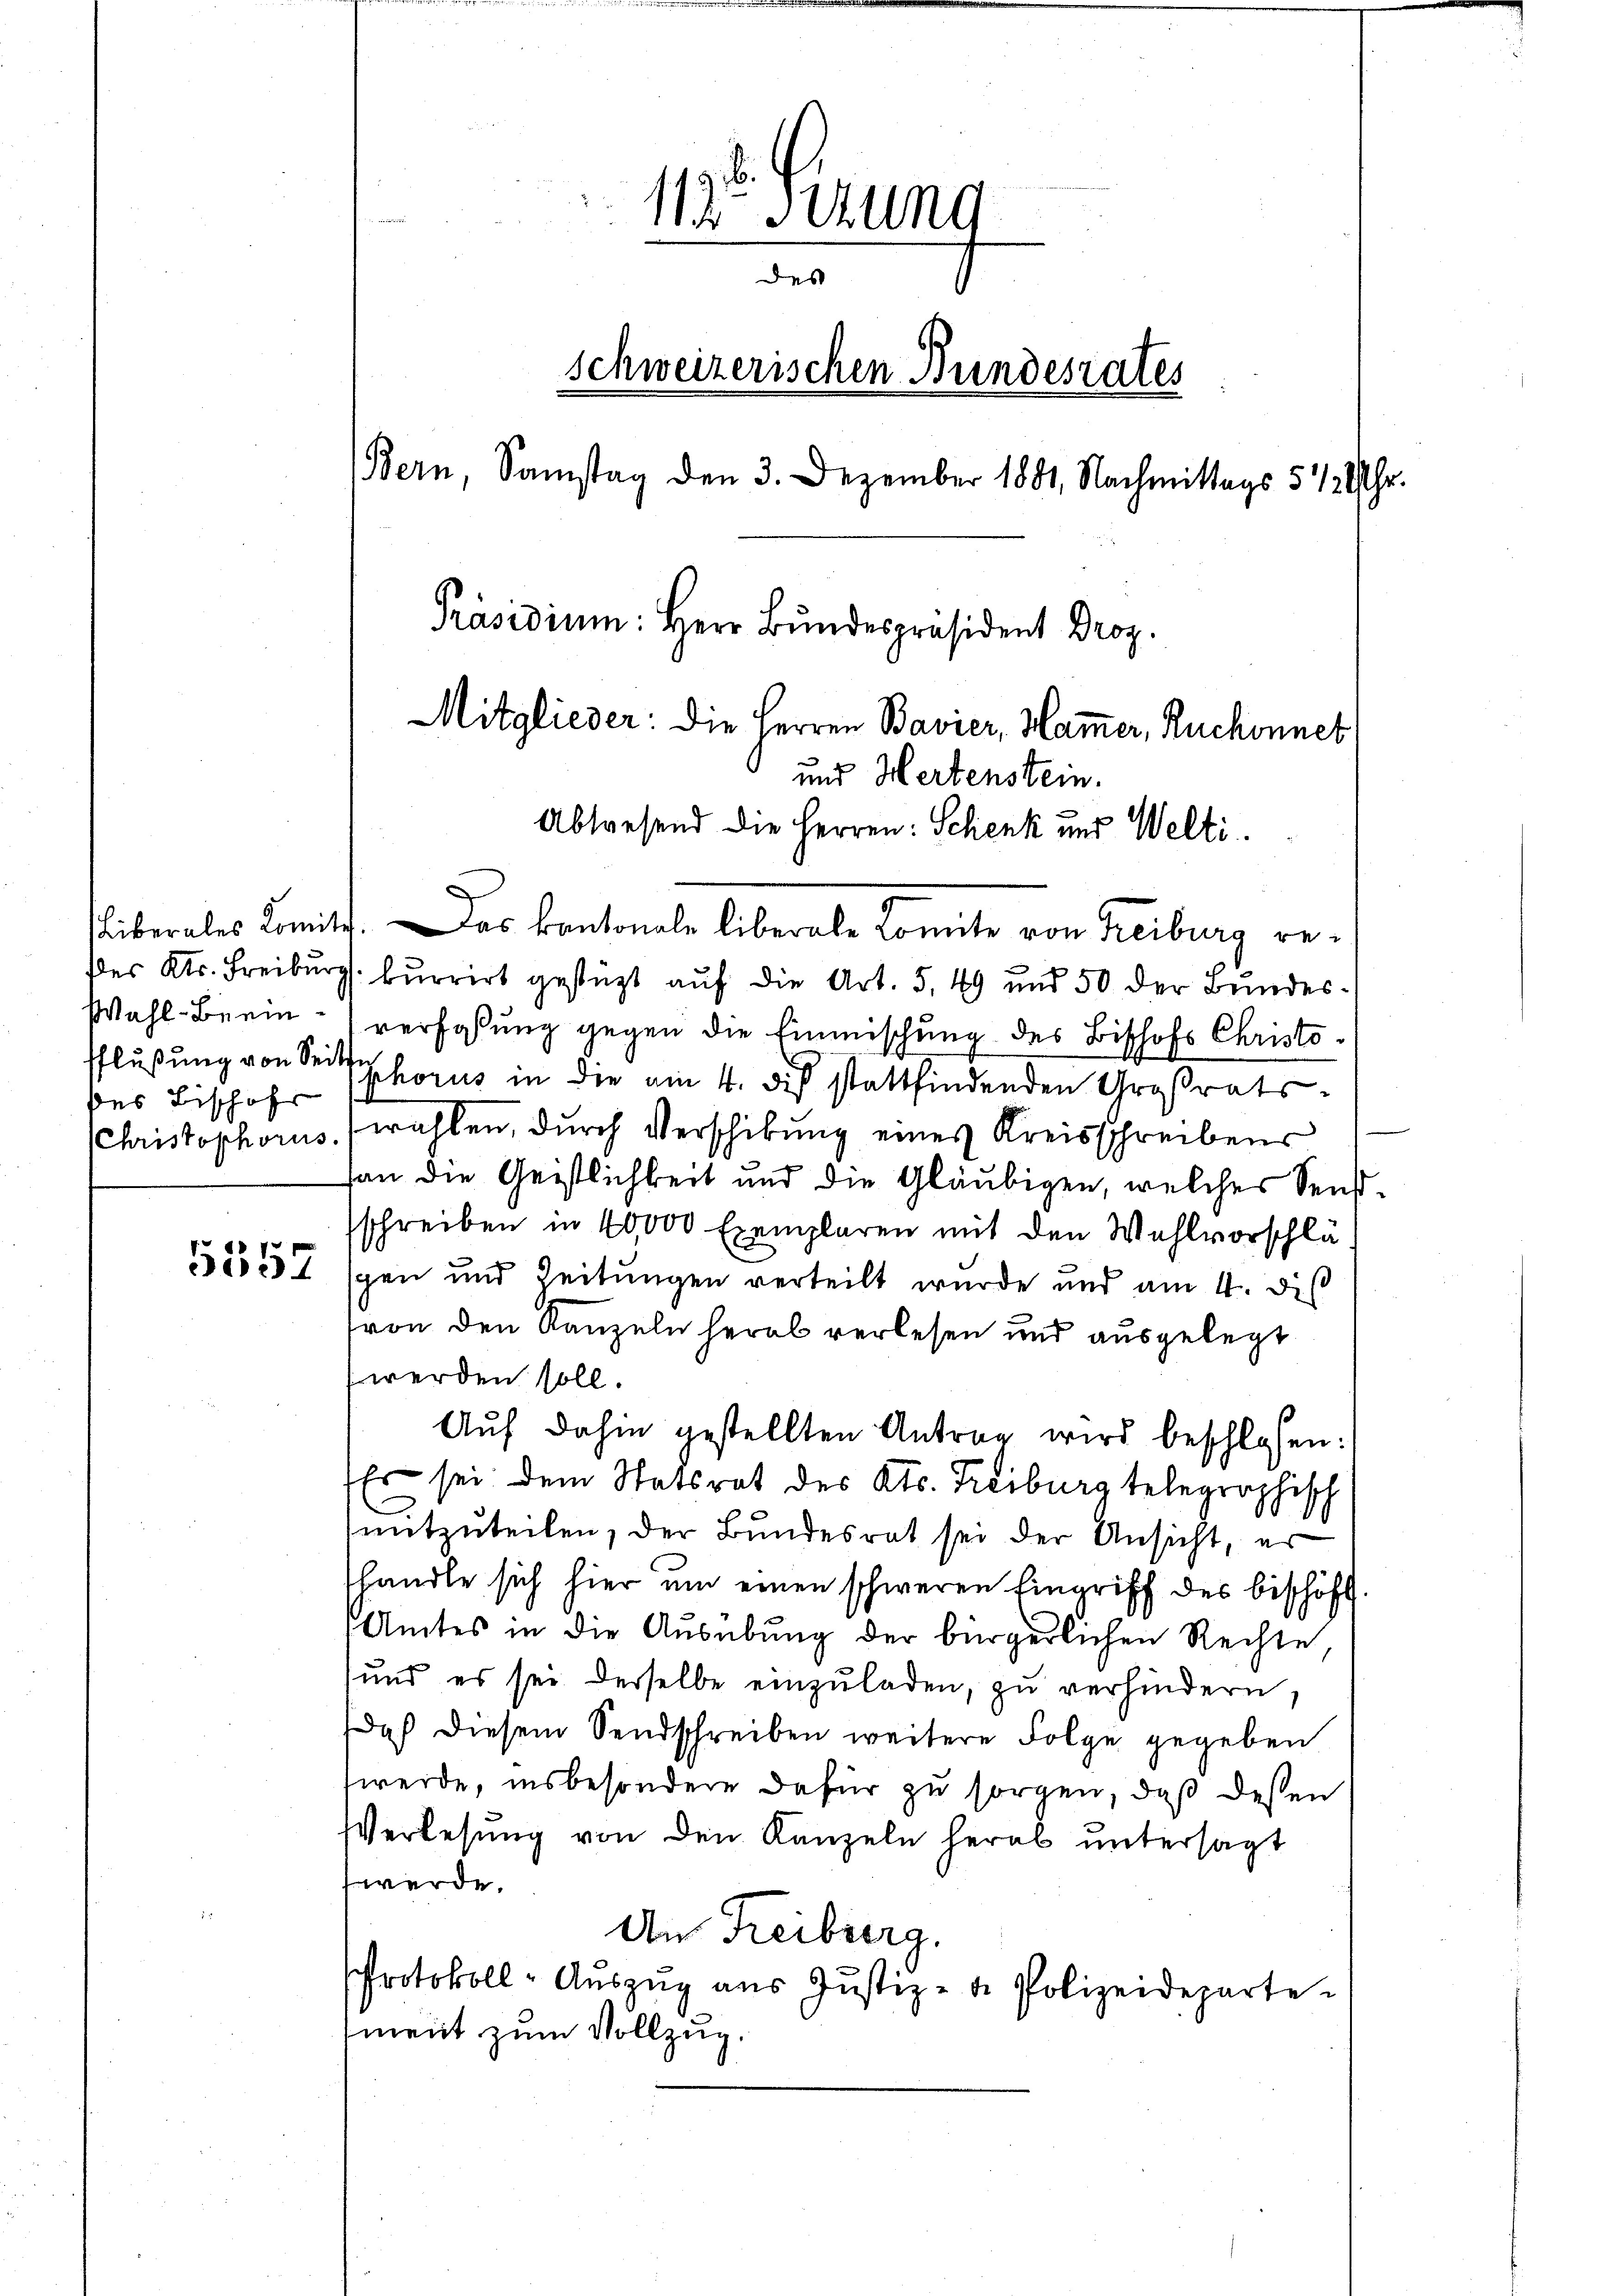
Wahl-Beein¬
Pflußung von Seite
des Bischofs

1
de Stund
des
Schweizerischen Bundesrates
Bern, Samstag den 3. Dezember 1881, Nachmittags 5 1/2 Uhr.
Präsidium: Herr Bundespräsident Droz.
Mitglieder: die Herren Bavier, Ham̅er, Ruchonnet
und Hertenstein.
Abwesend die Herren: Schenk und Welti.

Liberales Komite. Das kantonale liberale Comite von Freiburg redes Kts. Freiburg. Burrirt gestüzt auf die Art. 5, 49 und 50 der Bundesverfaßung gegen die Einmischung des Bischofs Christophorus in die am 4. des stattfindenden Großrats-
Christophorus (wählen, durch Verschikung eines Kreisschreibens
fan die Geistlichkeit und die Gläubigen, welches Sensschreiben in 40,000 Exemplaren mit den Wahlvorschlä¬
55552 spen und Zeitungen verteilt wurde und am 4. dis
von den Kanzeln herab verlesen und ausgelegt
werden soll.
Aŭf dahin gestellten Antrag wird beschlossen:
Es sei dem Statsrat des Kts. Freiburg telegraphisch
mitzuteilen, der Bundesrat sei der Ansicht, er
shandle sich hier um einen schweren Eingriff des bischöff.
Amtes in die Ausübung der bürgerlichen Rechte,
und es sei derselbe einzŭladen, zŭ verhindern.
daß diesem Sendschreiben weitere Folge gegeben
werde, insbesondere dafür zu sorgen, daß deßen
Verlesung von den Kanzeln herab untersagt
werde.
An Freiburg.
Protokoll-Aŭszŭg aŭs Justiz- de Polizeideparte
ment zum Vollzug.